Leaving Certificate, 1900
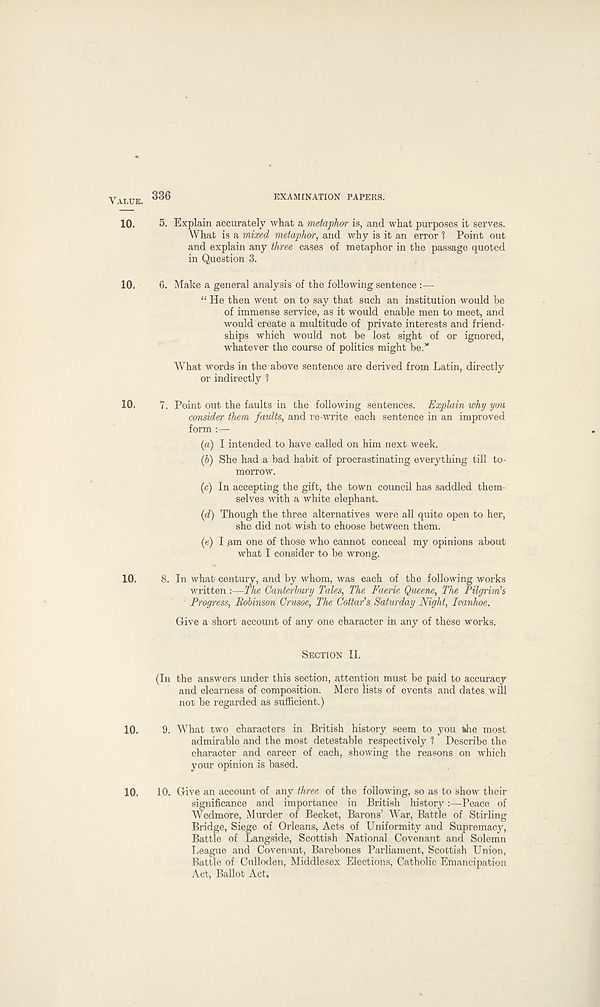
V\XUE. 336
EXAMINATION PAPERS.
10.
5. Explain accurately what a metaphor is, and what purposes it serves.
What is a mimd metaphor, and why is it an error l Point out
and explain any three cases of metaphor in the passage quoted
in Question 3.
10.
6. Make a general analysis of the following sentence :—
“ He then went on to say that such an institution would be
of immense service, as it would enable men to meet, and
would create a multitude of private interests and friend-
ships which would not be lost sight of or ignored,
whatever the course of politics might be.”
What words in the above sentence are derived from Latin, directly
or indirectly 1
10.
7. Point out the faults in the following sentences. Explain why you
consider them faults, and re-write each sentence in an improved
form :—
(a) I intended to have called on him next week.
(b) She had a bad habit of procrastinating everything till to-
morrow.
(c) In accepting the gift, the town council has saddled them-
selves with a white elephant.
(d) Though the three alternatives were all quite open to her,
she did not wish to choose between them.
(e) I .am one of those who cannot conceal my opinions about
what I consider to be wrong.
10.
8. In what century, and by whom, was each of the following works
written :—The Canterbury Tales, The Faerie Queene, The Pilgrim’s
Progress, Robinson Crusoe, The Cottar’s Saturday Night, Ivanhoe.
Give a short account of any one character in any of these works.
SECTION II.
(In the answers under this section, attention must be paid to accuracy
and clearness of composition. Mere lists of events and dates will
not be regarded as sufficient.)
10.
9. What two characters in British history seem to you the most
admirable and the most detestable respectively 1 Describe the
character and career of each, showing the reasons on which
your opinion is based.
10.
10. Give an account of any three of the following, so as to show their
significance and importance in British history:—Peace of
Wedmore, Murder of Becket, Barons’ War, Battle of Stirling
Bridge, Siege of Orleans, Acts of Uniformity and Supremacy,
Battle of Langside, Scottish National Covenant and Solemn
League and Covenant, Barebones Parliament, Scottish Union,
Battle of Culloden, Middlesex Elections, Catholic Emancipation
Act, Ballot Act,